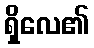
ရှိလေ၏